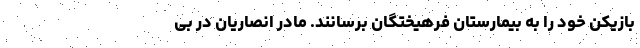
بازیکن خود را به بیمارستان فرهیختگان برسانند. مادر انصاریان در بی